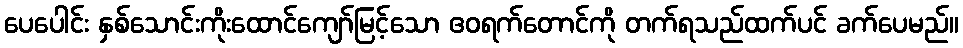
ပေပေါင်း နှစ်သောင်းကိုးထောင်ကျော်မြင့်သော ဧဝရက်တောင်ကို တက်ရသည်ထက်ပင် ခက်ပေမည်။